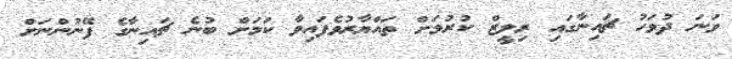
ވަނަ ދުވަހު ޗައިނާގައި ރިލީޒް ކުރުމަށް ތައްޔާރުވެފައިވާ ކަަމަށް ބުނެ ޗައިނާގެ ފޭނުންނަށް